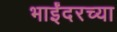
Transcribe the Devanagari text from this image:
भाईंदरच्या